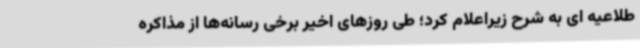
طلاعیه ای به شرح زیراعلام کرد؛ طی روزهای اخیر برخی رسانه‌ها از مذاکره